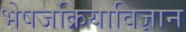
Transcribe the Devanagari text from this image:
भेषजक्रियाविज्ञान